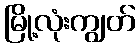
မြို့လုံးကျွတ်